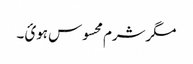
مگرشرم محسوس ہوئ ۔